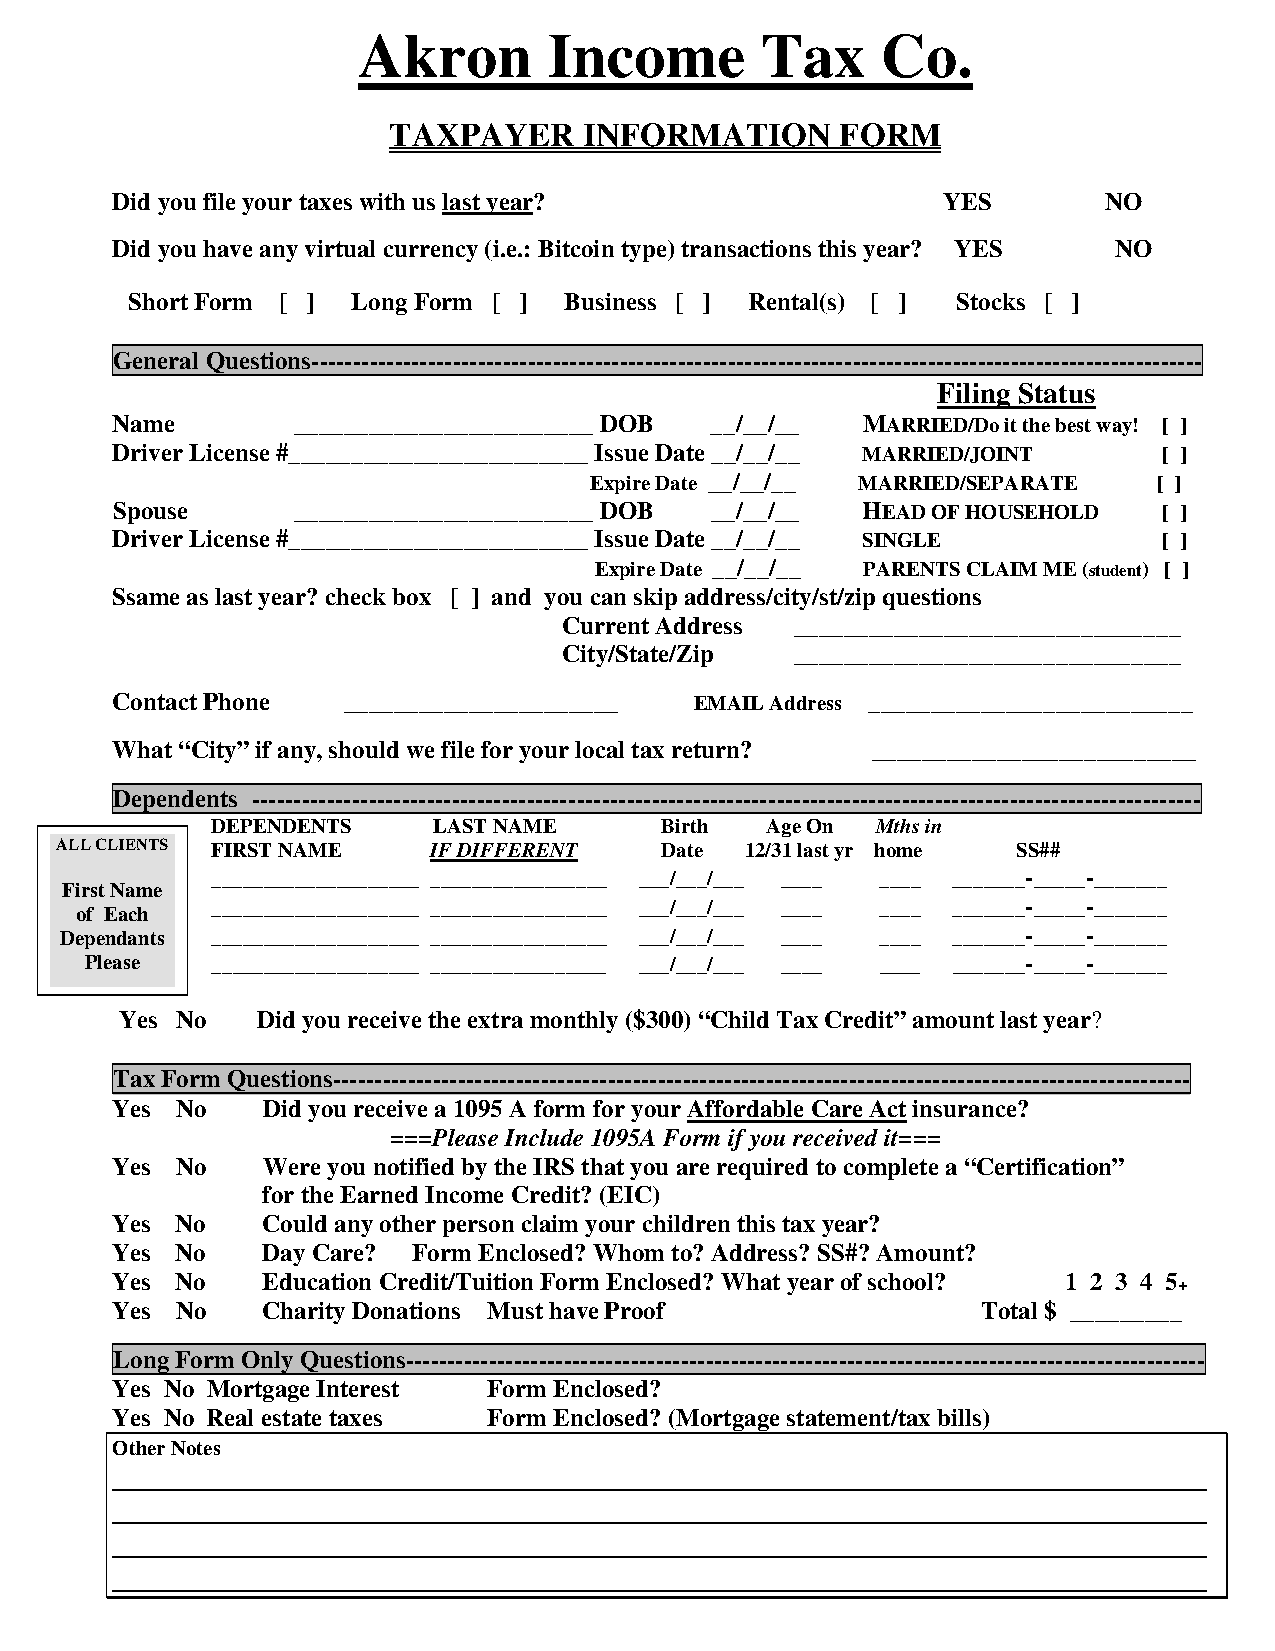
Akron       Income        Tax     Co.
 TAXPAYER     INFORMATION      FORM
 Did you file your taxes with us last year?             YES        NO
 Did you have any virtual currency (i.e.: Bitcoin type) transactions this year? YES NO
 Short Form [ ] Long Form [ ] Business [ ] Rental(s) [ ] Stocks [ ]
 General Questions-----------------------------------------------------------------------------------------------------------
 Filing Status
 Name        ________________________ DOB __/__/__ MARRIED/Do it the best way! [ ]
 Driver License #________________________ Issue Date __/__/__ MARRIED/JOINT [ ]
 Expire Date __/__/__ MARRIED/SEPARATE [ ]
 Spouse      ________________________ DOB __/__/__ HEAD OF HOUSEHOLD   [ ]
 Driver License #________________________ Issue Date __/__/__ SINGLE   [ ]
 Expire Date __/__/__ PARENTS CLAIM ME (student) [ ]
 Ssame as last year? check box [ ] and you can skip address/city/st/zip questions
 Current Address _______________________________
 City/State/Zip  _______________________________
 Contact Phone   ______________________ EMAIL Address __________________________
 What “City” if any, should we file for your local tax return? __________________________
 Dependents ------------------------------------------------------------------------------------------------------------------
 DEPENDENTS     LAST NAME      Birth  Age On Mths in
 ALL CLIENTS FIRST NAME   IF DIFFERENT   Date 12/31 last yr home SS##
 ____________________ _________________ ___/___/___ ____ ____ _______-_____-_______
 First Name
 ____________________ _________________ ___/___/___ ____ ____ _______-_____-_______
 of Each
 Dependants ____________________ _________________ ___/___/___ ____ ____ _______-_____-_______
 Please  ____________________ _________________ ___/___/___ ____ ____ _______-_____-_______
 Yes No   Did you receive the extra monthly ($300) “Child Tax Credit” amount last year?
 Tax Form Questions-------------------------------------------------------------------------------------------------------
 Yes  No   Did you receive a 1095 A form for your Affordable Care Act insurance?
 ===Please Include 1095A Form if you received it===
 Yes  No   Were you notified by the IRS that you are required to complete a “Certification”
 for the Earned Income Credit? (EIC)
 Yes  No   Could any other person claim your children this tax year?
 Yes  No   Day Care? Form Enclosed? Whom to? Address? SS#? Amount?
 Yes  No   Education Credit/Tuition Form Enclosed? What year of school? 1 2 3 4 5
 +
 Yes  No   Charity Donations Must have Proof               Total $ _________
 Long Form Only Questions------------------------------------------------------------------------------------------------
 Yes No Mortgage Interest Form Enclosed?
 Yes No Real estate taxes Form Enclosed? (Mortgage statement/tax bills)
 Other Notes
 ___________________________________________________________________________
 ___________________________________________________________________________
 ___________________________________________________________________________
 ___________________________________________________________________________